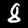
Label: 8